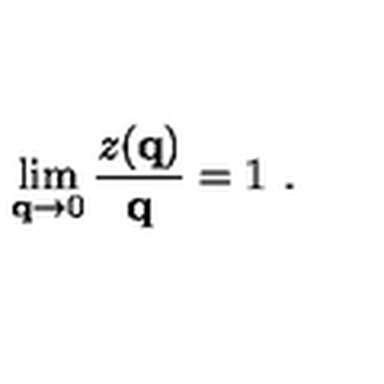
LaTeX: \lim _ { { \bf q } \rightarrow 0 } \frac { z ( { \bf q } ) } { { \bf q } } = 1 \ .